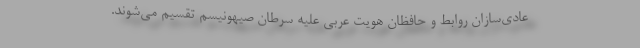
عادی‌سازان روابط و حافظان هویت عربی علیه سرطان صیهونیسم تقسیم می‌شوند.